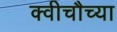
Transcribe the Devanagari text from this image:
क्वीचौच्या